system: You are a helpful assistant.
user:
Analyze the provided spectrum to determine if it is a **M-type Giant (gM)**.

A M-type Giant spectrum is defined by its **strong molecular absorption** features, particularly from **Titanium Oxide (TiO)**. You must check for one of the following mutually exclusive signatures:

- **Key Visual Indicators (Absorption-Dominated Spectrum):**

    - **(Primary):** The spectrum is dominated by strong molecular absorption from **Titanium Oxide (TiO)**. This is the **defining feature** of its M-type temperature class.
        - **(Key Bandheads):** Look for sharp, "saw-tooth" absorption valleys. The strongest are located near **~7050 Å**, **~6160 Å**, and **~5170 Å**.
        - **(Line Profile):** The "saw-tooth" morphology is critical: a **sharp, steep drop on the BLUE (short-wavelength) side** of the bandhead, followed by a gradual recovery (rising flux) towards the RED (long-wavelength) side.

    - **(Key Confirmation - Giant vs. Dwarf):** **ABSENCE** of strong **Calcium Hydride (CaH)** molecular bands. This is the primary diagnostic for *excluding* M-dwarfs.
        - **(Key Region):** The spectrum should lack the strong, broad absorption band seen in dwarfs between **~6800 Å and ~7000 Å**.

    - **(Secondary Confirmation - Giant):** A very strong and broad **Neutral Calcium (Ca I)** atomic absorption line.
        - **(Key Line):** Located at **~4226 Å**. In a giant (gM), this line is significantly deeper and broader than the same line in an M-dwarf (dM) due to low surface gravity.

    - **(Overall Spectrum):**
        - The continuum is **extremely red-sloping** (i.e., flux is very low in the blue and rises dramatically towards the red).
        - The entire spectrum appears "chopped up" by the deep TiO bands.

Think first, call **spectral_visualization_tool** if needed to examine features in detail, then provide your final answer. Your response must adhere to the following strict rules:
1.  **Overall Structure:** Your response must follow the format `<think>...</think> <tool_call>...</tool_call> (if a tool is used) <answer>...</answer>`.
2.  **Tool Usage Constraint:** You may only make **one** tool call per turn.
3.  **Final Answer Format:** In the `<answer>` tag, your conclusion must be inside a `\boxed{}` command (e.g., `\boxed{YES}` or `\boxed{NO}`), followed by your justification.

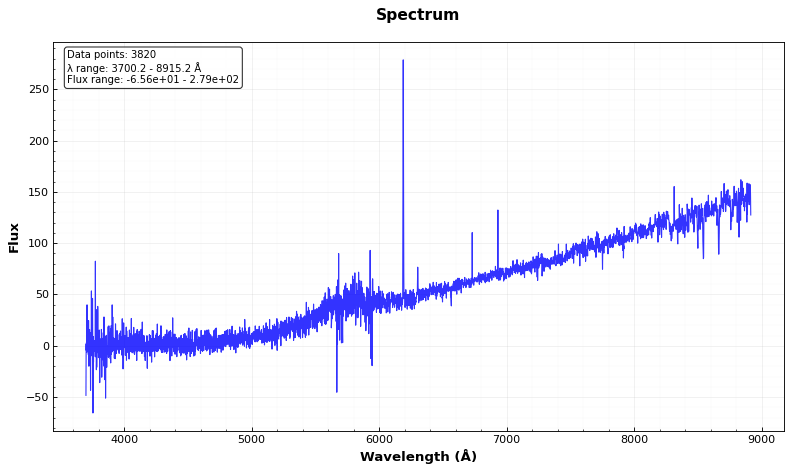
Answer: NO